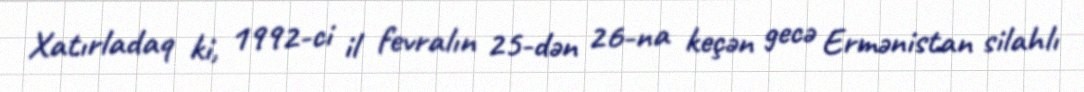
Xatırladaq ki, 1992-ci il fevralın 25-dən 26-na keçən gecə Ermənistan silahlı